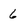
Character: 6